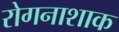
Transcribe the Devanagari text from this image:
रोगनाशाक